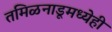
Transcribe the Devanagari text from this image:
तमिळनाडूमध्येही